Insane asylums in Bengal annual reports 1876-1887 - 1876-1887
Year: 1876
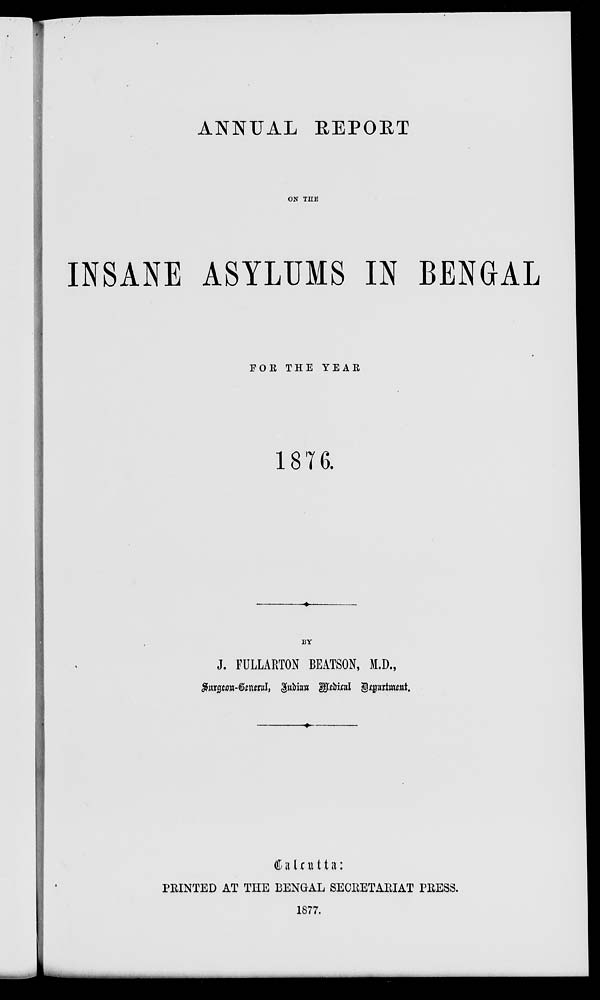
ANNUAL REPORT
ON THE
INSANE ASYLUMS IN BENGAL
FOR THE YEAR
1876.
BY
J. FULLARTON BEATSON, M.D.,
Surgeon-General, Indian Medical Department.
Calcutta:
PRINTED AT THE BENGAL SECRETARIAT PRESS.
1877.